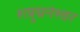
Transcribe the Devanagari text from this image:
शत्रुघनेश्वर